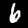
Digit: 6